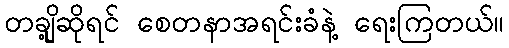
တချို့ဆိုရင် စေတနာအရင်းခံနဲ့ ရေးကြတယ်။